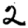
Digit: 2